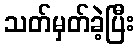
သတ်မှတ်ခဲ့ပြီး